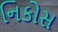
નિકોસ